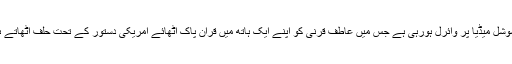
حلف اٹھانے کی ویڈیو سوشل میڈیا پر وائرل ہورہی ہے جس میں عاطف قرنی کو اپنے ایک ہاتھ میں قرآن پاک اٹھائے امریکی دستور کے تحت حلف اٹھاتے ہوئے دیکھا جاسکتا ہے۔